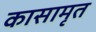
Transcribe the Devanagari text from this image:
कासामृत